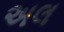
અલ